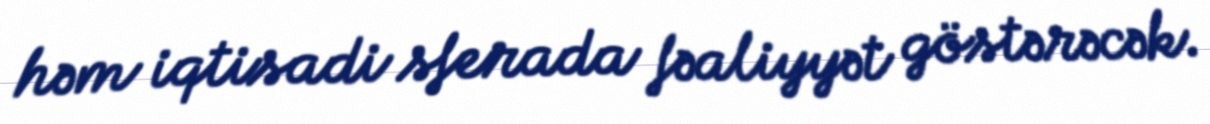
həm iqtisadi sferada fəaliyyət göstərəcək.